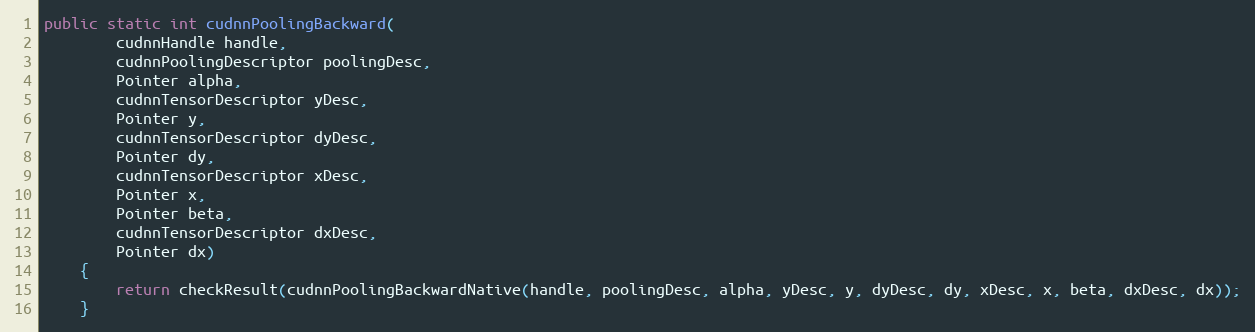
Language: Java
public static int cudnnPoolingBackward(
        cudnnHandle handle,
        cudnnPoolingDescriptor poolingDesc,
        Pointer alpha,
        cudnnTensorDescriptor yDesc,
        Pointer y,
        cudnnTensorDescriptor dyDesc,
        Pointer dy,
        cudnnTensorDescriptor xDesc,
        Pointer x,
        Pointer beta,
        cudnnTensorDescriptor dxDesc,
        Pointer dx)
    {
        return checkResult(cudnnPoolingBackwardNative(handle, poolingDesc, alpha, yDesc, y, dyDesc, dy, xDesc, x, beta, dxDesc, dx));
    }